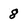
Character: 8